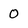
Character: o